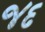
જદ